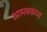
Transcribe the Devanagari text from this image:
अल्लकप्प